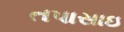
તપાસાઇ